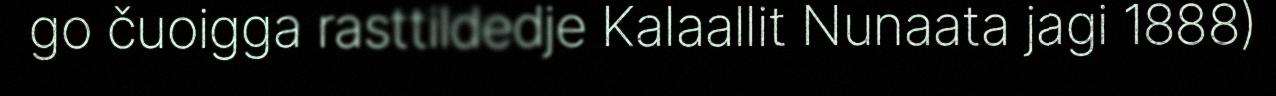
go čuoigga rasttildedje Kalaallit Nunaata jagi 1888)